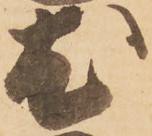
尤